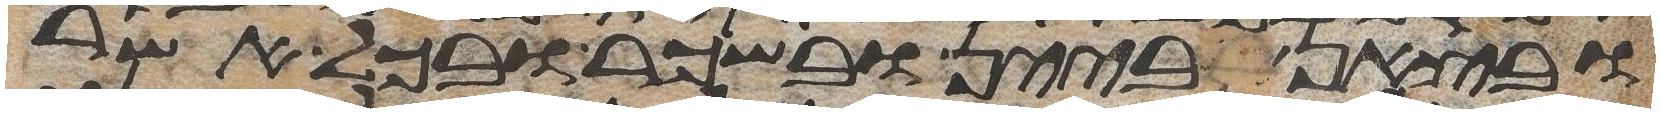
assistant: ובצאן ביין ובשכר ובכל אשר